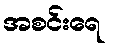
အစင်းရေ